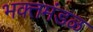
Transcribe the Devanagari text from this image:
भक्तमंडळ